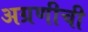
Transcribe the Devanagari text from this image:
अग्रणीची